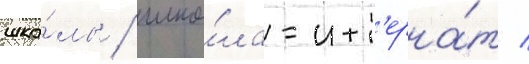
шко́лы / шко́ла-инт'ерна́т /